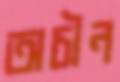
অচীন